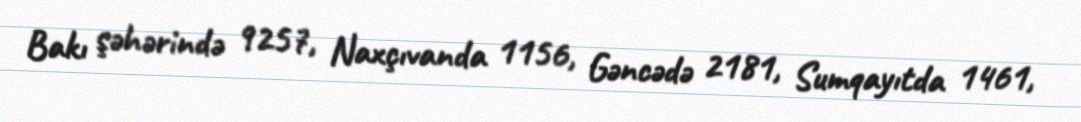
Bakı şəhərində 9257, Naxçıvanda 1156, Gəncədə 2181, Sumqayıtda 1461,